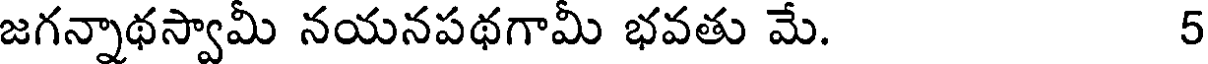
జగన్నాథస్వామీ నయనపథగామీ భవతు మే. 5